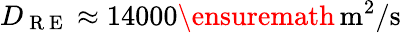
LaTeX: D_{\mathrm{~R~E~}}\approx 14000\ensuremath{\, \mathrm{m^{2}/s}}